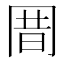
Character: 𰃩